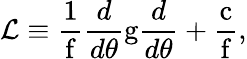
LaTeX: \mathcal{L}\equiv\frac{1}{\mathrm{f}}\frac{d}{d\theta}\mathrm{g}\frac{d}{d\theta}+\frac{\mathrm{c}}{\mathrm{f}},